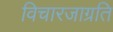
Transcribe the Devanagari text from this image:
विचारजाग्रति